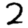
Digit: 2